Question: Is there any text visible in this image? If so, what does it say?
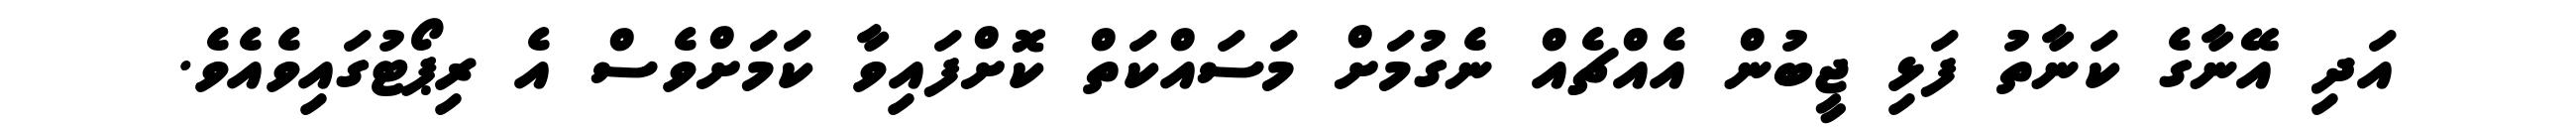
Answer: އަދި އޭނާގެ ކަނާތު ފަޅި ޖީބުން އެއްޗެއް ނެގުމަށް މަސައްކަތް ކޮށްފައިވާ ކަމަށްވެސް އެ ރިޕޯޓުގައިވެއެވެ.